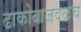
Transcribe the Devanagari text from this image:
ढाकोबाजवळच